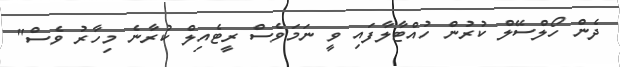
ދެން ހޯލްސޭލް ކުރުން ހުއްޓާލާފައި ވީ ނަމަވެސް ރީޓެއިލް ކުރާނެ މިހާރު ވެސް"